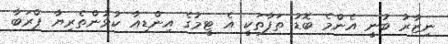
ނިޒާރު ބުނީ އެންމެ ބޮޑު ތަފާތަކީ އެ ޓީމުގެ އިންޑިއާ ކުޅުންތެރިޔާ ޕްރަބާ